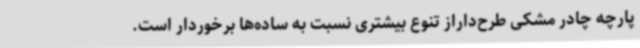
پارچه چادر مشکی طرح‌داراز تنوع بیشتری نسبت به ساده‌ها برخوردار است.